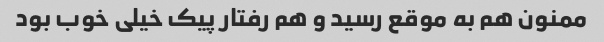
ممنون هم به موقع رسید و هم رفتار پیک خیلی خوب بود